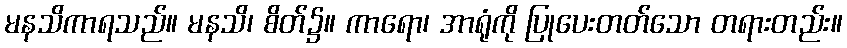
မနသိကာရသည်။ မနသိ၊ စိတ်၌။ ကာရော၊ အာရုံကို ပြုပေးတတ်သော တရားတည်း။